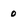
Character: 0